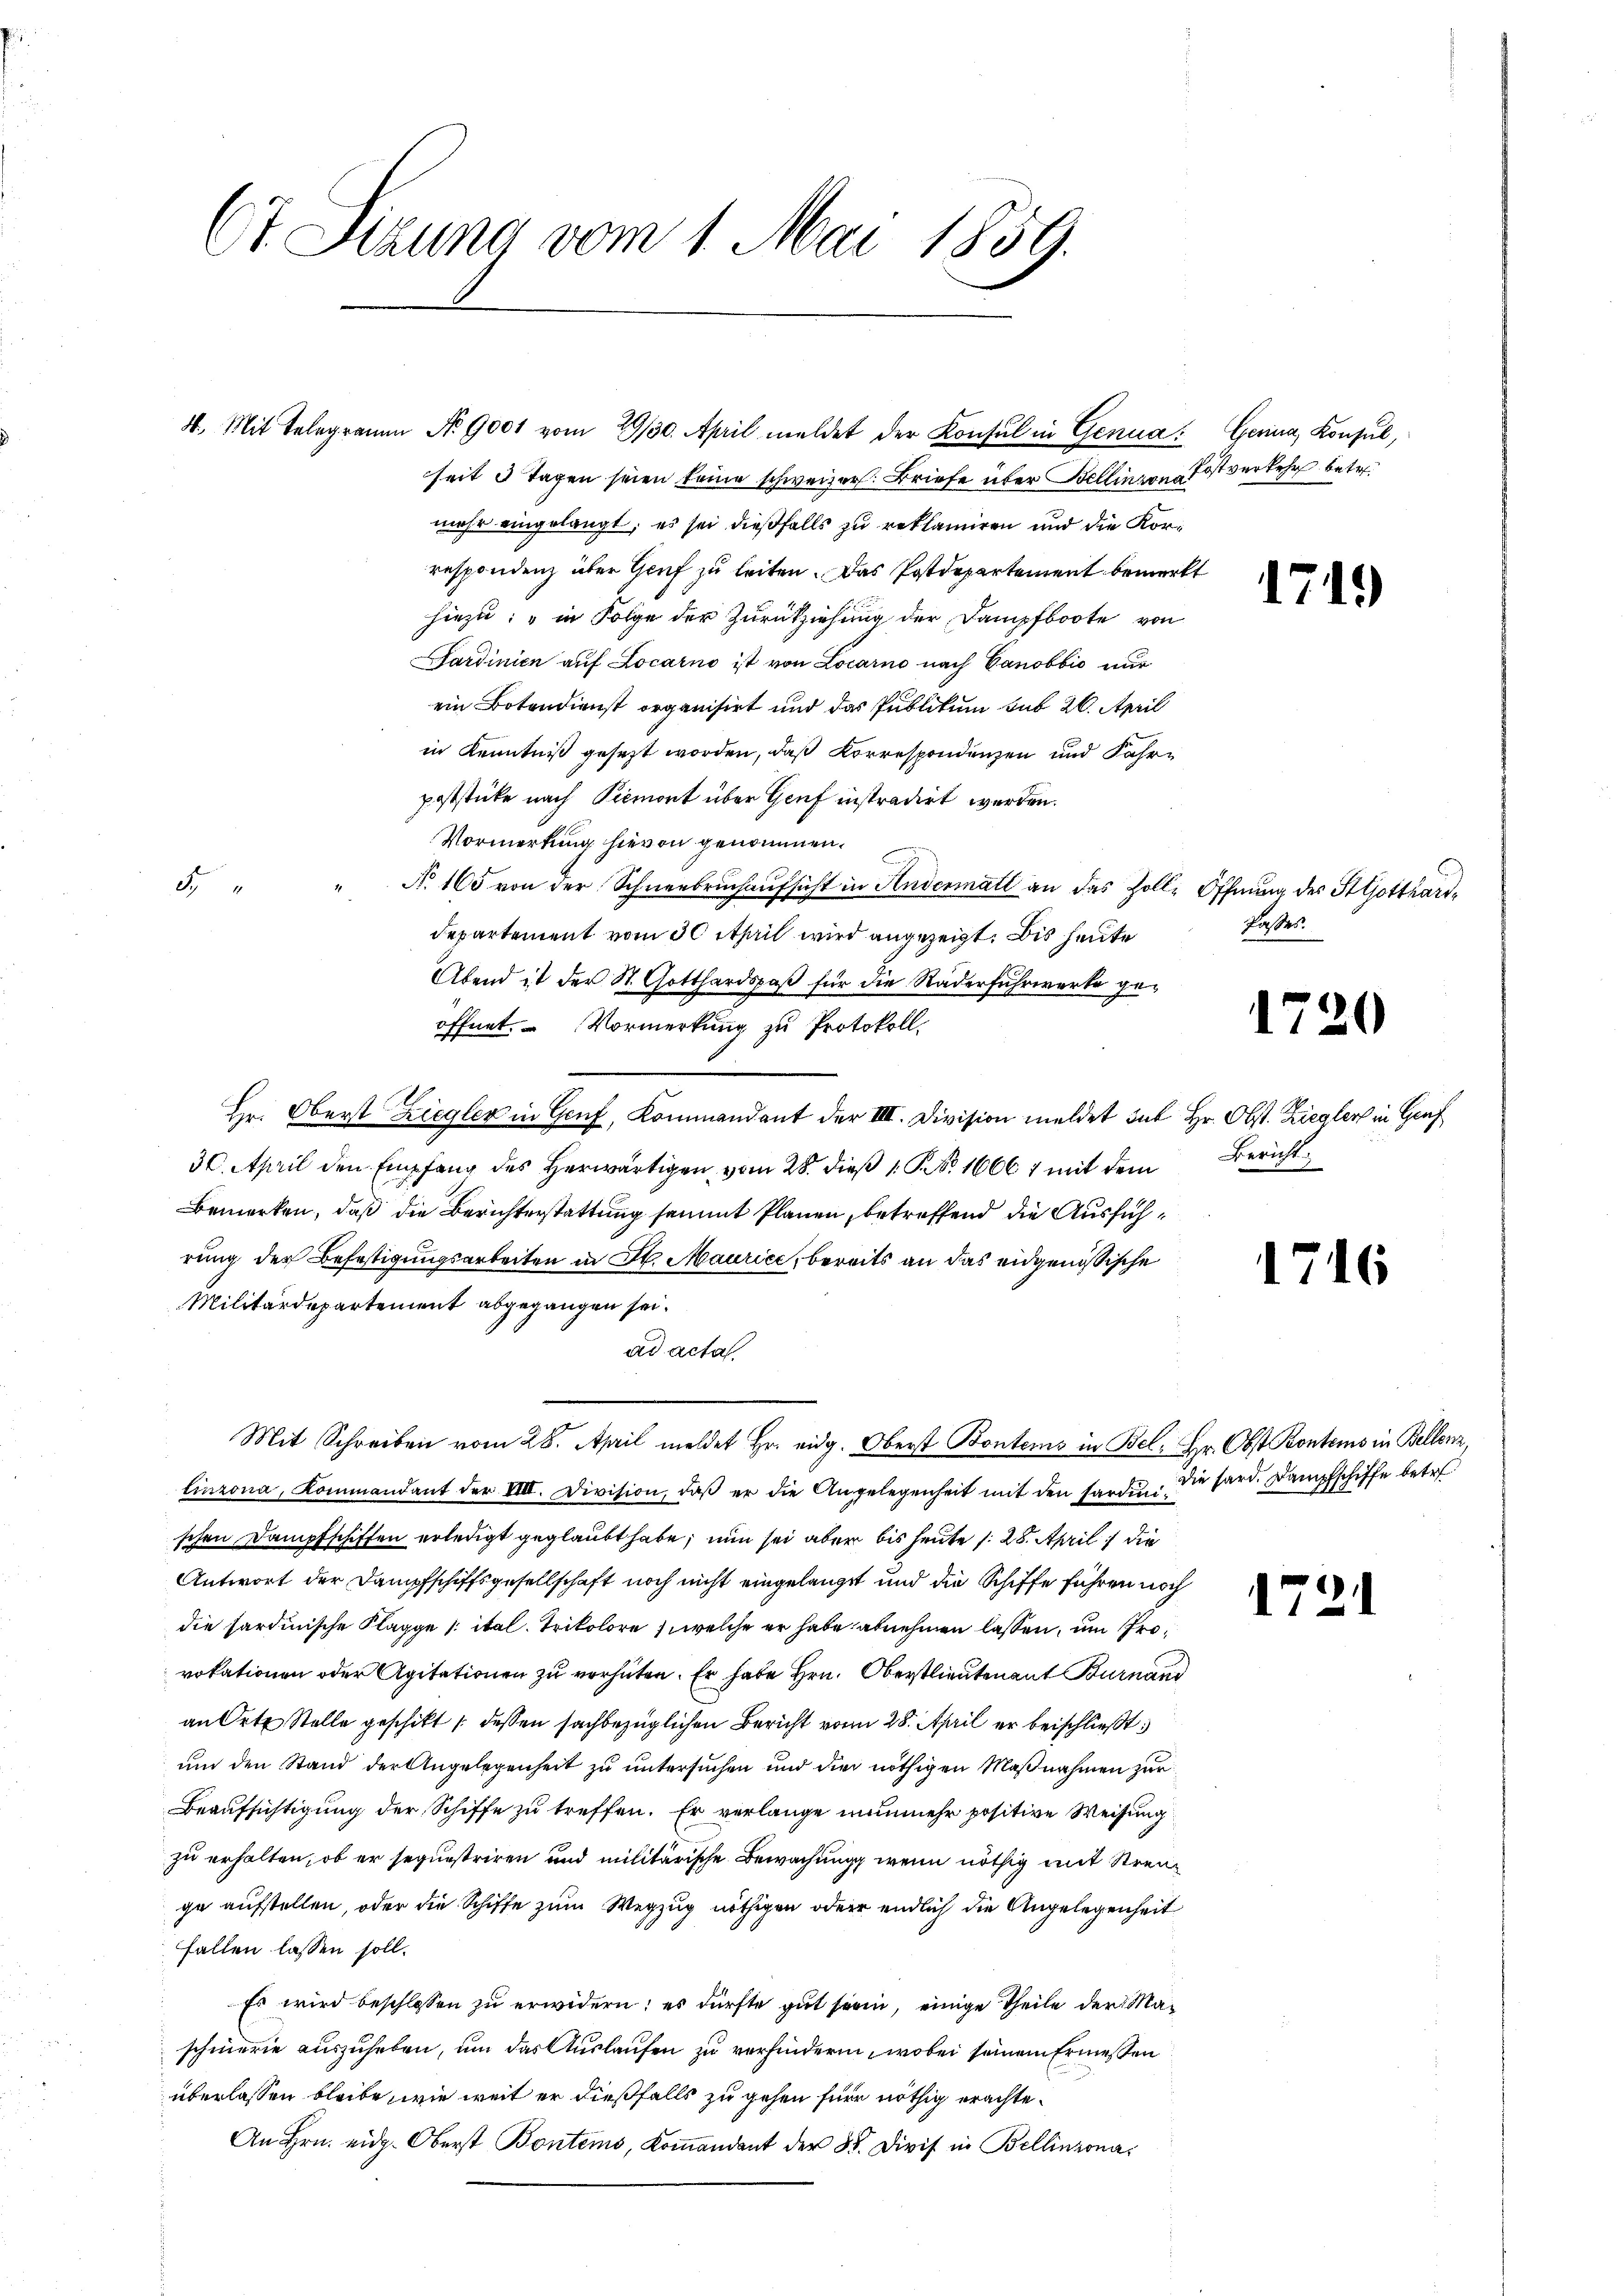
Ct. Sizung vom 1. Mai 1859.

3. Mit Telegramm Nr. 9001 vom 29/30. April meldet der Konsul in Genua: Gerina, Konsul,
seit 3 Tagen seien keine schweizer. Briefe über Bellingen Postverkehr betr.
mehr eingelangt, es sei dießfalls zu reklamiren und die Korrespondenz über Genf zu leiten. Das Postdepartement bemerkt
hiezu: „in Folge der Zurückziehung der Dampfboote von
Sardinien auf Locarno ist von Locarno nach Canobbio nur
ein Botendienst organisirt und das Publikum sub 20. April
in Kenntniß gesezt worden, daß Korrespondenzen und Fahrpoststicke nach Piemont über Genf instradirt werden.
Vormerkung hievon genommen.
d
No. 165 von der Schneebruchaufsicht in Andermall an das Holle Öffnung des St Gotthart¬
Departement vom 30 April wird angezeigt. Bis heute
Abend ist der St. Gotthardspaß für die Räderfuhrwerke geöffnet. Vormerkung zu Protokoll.
Hr. Oberst Ziegler in Genf, Kommandant der IIII. Division meldet sub Hr. Obst. Ziegler in Genf
30. April den Empfang des Herwärtigen vom 28. dieß 1 No 16661 mit dem
Bemerken, daß die Berichterstattung sammt Planen, betreffend die Ausführung der Befestigungsarbeiten in St. Maurice, bereits an das eidgenössische
Militärdepartement abgegangen sei.
ad acta
Mit Schreiben vom 28. April meldet Hr. eidg. Oberst Bontems in Bel. Hr. Obst Kontems in Bellenz,
linzona, Kommandant der VIII. Division, daβ er die Angelegenheit mit den Sardin
schen Dampfschiffen erledigt geglaubt habe, nun sei aber bis heute s. 28. April die
Antwort der Dampfschiffsgesellschaft noch nicht eingelangt und die Schiffe führen noch
die sardinische Klagge / ital. Trikolore, welche er habe abnehmen lassen, um Provokationen oder Agitationen zu verhüten. Er habe Hrn. Oberstlieutenant Burnand
an Orte Stelle geschikt (dessen sachbezüglichen Bericht vom 28. April er beischließt:
um den Stand der Angelegenheit zu untersuchen und die nöthigen Maßnahmen zur
Beaufsichtigung der Schiffe zu treffen. Er verlange nunmehr positive Weisung
zu erhalten, ob er sequestriren und militärische Bewachung, wenn nöthig mit Streuge aufstellen, oder die Schiffe zum Wegzug nöthigen oder endlich die Angelegenheit
fallen lassen soll.
Es wird beschlossen zu erwidern; es dürfte gut sein, einige Theile der Maschmerie auszuheben, um das Auslaufen zu verhindern, wobei seinem Ermessen
überlassen bleibe, wie weit er dießfalls zu gehen für nöthig erachte¬
An Hrn. eidg. Oberst Bontems, Kommandant der 82. Divis in Bellinzona¬

174.

fasses.

1720

Bericht:

1721

1716

Die sard. Dampfschiffe betr